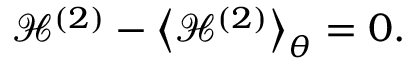
\mathcal { H } ^ { ( 2 ) } - \left< { \mathcal { H } ^ { ( 2 ) } } \right> _ { \theta } = 0 .